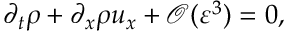
\partial _ { t } \rho + \partial _ { x } \rho u _ { x } + \mathcal { O } ( \varepsilon ^ { 3 } ) = 0 ,